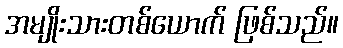
အမျိုးသားတစ်ယောက် ဖြစ်သည်။